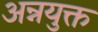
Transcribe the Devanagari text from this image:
अन्नयुक्त